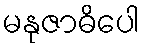
မနုဇာဓိပေါ